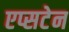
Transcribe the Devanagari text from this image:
एप्सटेन